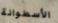
الأسطوانة